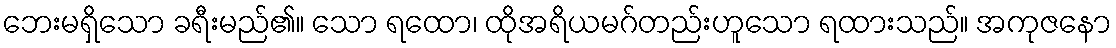
ဘေးမရှိသော ခရီးမည်၏။ သော ရထော၊ ထိုအရိယမဂ်တည်းဟူသော ရထားသည်။ အကုဇနော